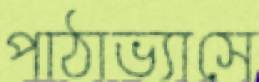
পাঠাভ্যাসে